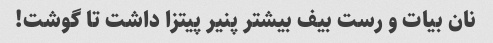
نان بیات و رست بیف بیشتر پنیر پیتزا داشت تا گوشت!